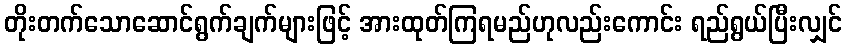
တိုးတက်သောဆောင်ရွက်ချက်များဖြင့် အားထုတ်ကြရမည်ဟုလည်းကောင်း ရည်ရွယ်ပြီးလျှင်